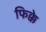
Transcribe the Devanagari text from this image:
फिक्के